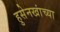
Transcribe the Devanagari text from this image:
हुसेनखांच्या